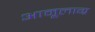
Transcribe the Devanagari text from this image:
अामूलाग्र